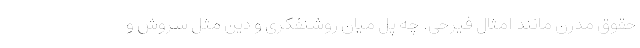
حقوق مدرن مانند امثال فیرحی. چه پُل میان روشنفکری و دین مثل سروش و